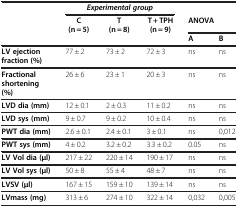
<table><thead><tr><td><b> </b></td><td><b> </b></td><td><b><i>Experimental group</i></b></td><td><b> </b></td><td><b> </b></td><td><b> </b></td></tr><tr><td><b> </b></td><td><b>C(n = 5)</b></td><td><b>T(n = 8)</b></td><td><b>T + TPH(n = 9)</b></td><td colspan="2"><b>ANOVA</b></td></tr><tr><td><b> </b></td><td><b> </b></td><td><b> </b></td><td><b> </b></td><td><b>A</b></td><td><b>B</b></td></tr></thead><tbody><tr><td><b>LV ejection fraction (%)</b></td><td>77 ± 2</td><td>73 ± 2</td><td>72 ± 3</td><td>ns</td><td>ns</td></tr><tr><td><b>Fractional shortening (%)</b></td><td>26 ± 6</td><td>23 ± 1</td><td>20 ± 3</td><td>ns</td><td>ns</td></tr><tr><td><b>LVD dia (mm)</b></td><td>12 ± 0.1</td><td>2 ± 0.3</td><td>11 ± 0.2</td><td>ns</td><td>ns</td></tr><tr><td><b>LVD sys (mm)</b></td><td>9 ± 0.7</td><td>9 ± 0.2</td><td>10 ± 0.4</td><td>ns</td><td>ns</td></tr><tr><td><b>PWT dia (mm)</b></td><td>2.6 ± 0.1</td><td>2.4 ± 0.1</td><td>3 ± 0.1</td><td>ns</td><td>0,012</td></tr><tr><td><b>PWT sys (mm)</b></td><td>4 ± 0.2</td><td>3.2 ± 0.2</td><td>3.3 ± 0.2</td><td>0.05</td><td>ns</td></tr><tr><td><b>LV Vol dia (μl)</b></td><td>217 ± 22</td><td>220 ± 14</td><td>190 ± 17</td><td>ns</td><td>ns</td></tr><tr><td><b>LV Vol sys (μl)</b></td><td>50 ± 8</td><td>55 ± 4</td><td>48 ± 7</td><td>ns</td><td>ns</td></tr><tr><td><b>LVSV (μl)</b></td><td>167 ± 15</td><td>159 ± 10</td><td>139 ± 14</td><td>ns</td><td>ns</td></tr><tr><td><b>LVmass (mg)</b></td><td>313 ± 6</td><td>274 ± 10</td><td>322 ± 14</td><td>0,032</td><td>0,005</td></tr></tbody></table>